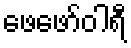
ဖေဖော်ဝါရီ